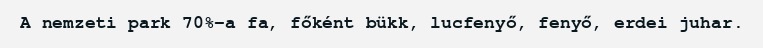
A nemzeti park 70%-a fa, főként bükk, lucfenyő, fenyő, erdei juhar.